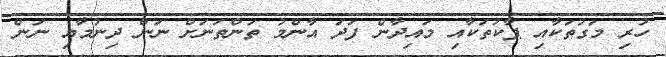
ހުރި މަގުތަކާއި ޕާކުތަކާއި މައިދާން ފަދަ އާންމު ތަންތަނަށް ނަން ދިނުމާއި ނަން